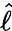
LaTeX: \hat{\ell}